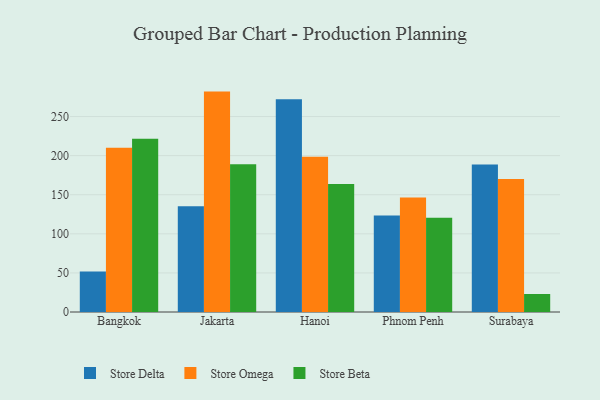
{"axis": {"x": "City", "y": "Bounce Rate (%)"}, "legend": ["Store Beta", "Store Delta", "Store Omega"], "data": [{"x": "Bangkok", "y": 51.8, "type": "Store Delta"}, {"x": "Bangkok", "y": 210.1, "type": "Store Omega"}, {"x": "Bangkok", "y": 221.6, "type": "Store Beta"}, {"x": "Jakarta", "y": 135.4, "type": "Store Delta"}, {"x": "Jakarta", "y": 281.9, "type": "Store Omega"}, {"x": "Jakarta", "y": 189.1, "type": "Store Beta"}, {"x": "Hanoi", "y": 272.0, "type": "Store Delta"}, {"x": "Hanoi", "y": 198.5, "type": "Store Omega"}, {"x": "Hanoi", "y": 163.6, "type": "Store Beta"}, {"x": "Phnom Penh", "y": 123.3, "type": "Store Delta"}, {"x": "Phnom Penh", "y": 146.5, "type": "Store Omega"}, {"x": "Phnom Penh", "y": 120.5, "type": "Store Beta"}, {"x": "Surabaya", "y": 188.5, "type": "Store Delta"}, {"x": "Surabaya", "y": 170.2, "type": "Store Omega"}, {"x": "Surabaya", "y": 23.0, "type": "Store Beta"}]}